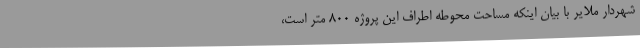
شهردار ملایر با بیان اینکه مساحت محوطه اطراف این پروژه 800 متر است،